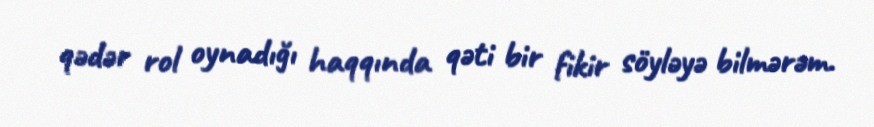
qədər rol oynadığı haqqında qəti bir fikir söyləyə bilmərəm.